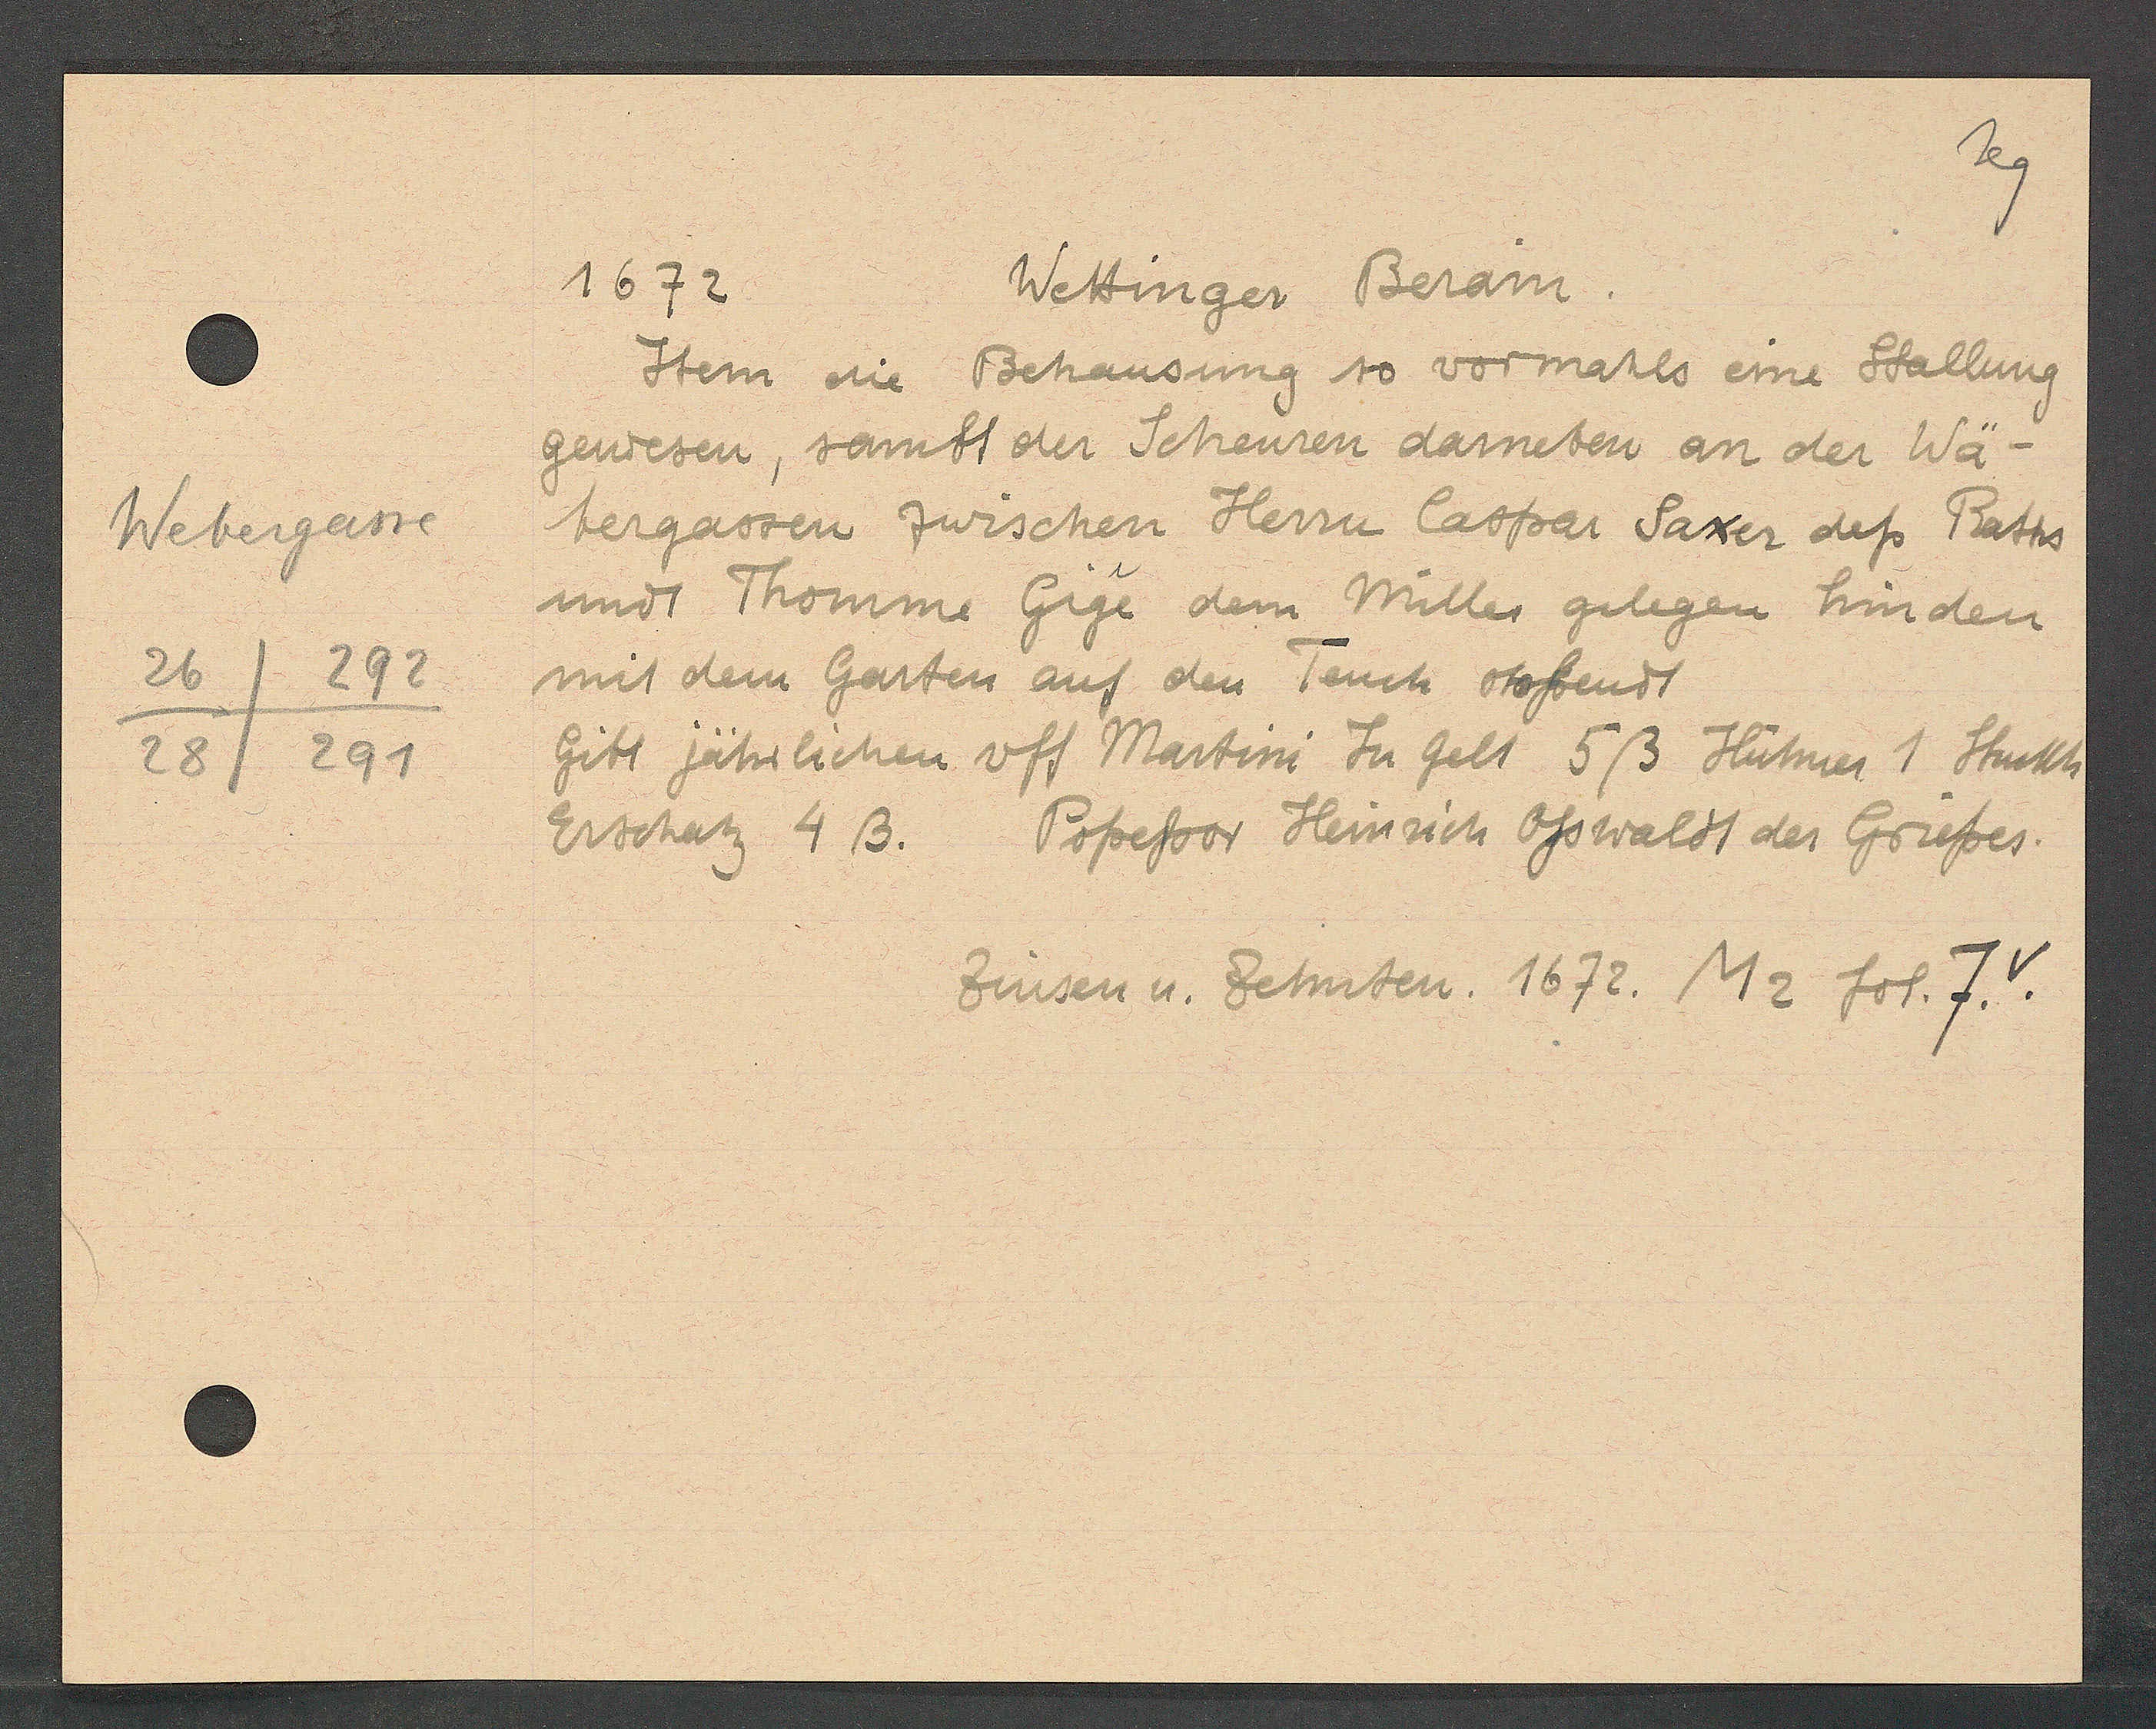
Transcript:
Webergasse
26
292
28/ 291

1672.
Wettinger Berain.

Item die Behausung so vormals eine Stallung
gewesen, sambt der Scheuren darneben an der Wä-
bergassen zwischen Herrn Caspar Saxer dess Raths
undt Thomme Gige dem Müller gelegen hinden
mit dem Garten auf den Teuch stossendt
Gibt jährlichen uff Martini Zu Gelt 5ß Hutmer 1 Stuckh
Erschatz 4 ß.
Popessoor Heinrich Osswaldt der Grussen.

Zinsen u. Zehnten. 1672. M2 fol. 7.v.